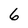
Character: 6